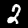
Digit: 2